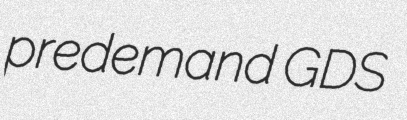
predemand GDS